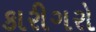
કારીગરો